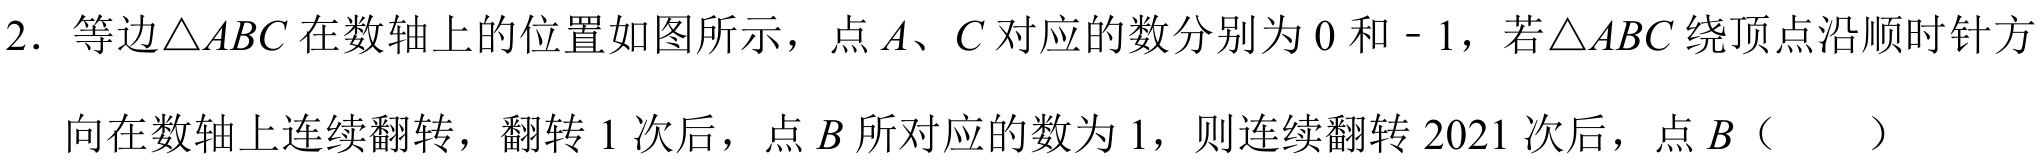
2. 等边\(\triangle ABC\)在数轴上的位置如图所示，点\(A\)、\(C\)对应的数分别为\(0\)和\(- 1\)，若\(\triangle ABC\)绕顶点沿顺时针方向在数轴上连续翻转，翻转\(1\)次后，点\(B\)所对应的数为\(1\)，则连续翻转\(2021\)次后，点\(B\)（  ）